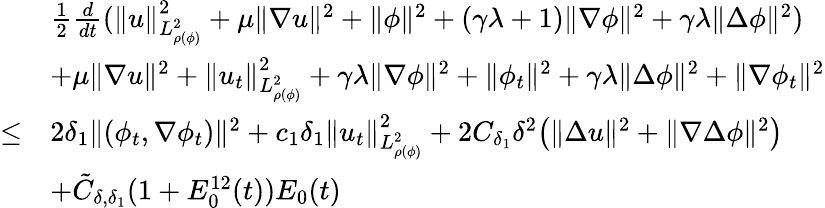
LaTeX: \begin{array}{rl}&{\frac{1}{2}\frac{d}{dt}(\| u\| _{L_{\rho(\phi)}^{2}}^{2}+\mu\| \nabla u\| ^{2}+\| \phi\| ^{2}+(\gamma\lambda+1)\| \nabla\phi\| ^{2}+\gamma\lambda\| \Delta\phi\| ^{2})}\\ &{+\mu\| \nabla u\| ^{2}+\| u_{t}\| _{L_{\rho(\phi)}^{2}}^{2}+\gamma\lambda\| \nabla\phi\| ^{2}+\| \phi_{t}\| ^{2}+\gamma\lambda\| \Delta\phi\| ^{2}+\| \nabla\phi_{t}\| ^{2}}\\ {\leq}&{2\delta_{1}\| (\phi_{t},\nabla\phi_{t})\| ^{2}+c_{1}\delta_{1}\| u_{t}\| _{L_{\rho(\phi)}^{2}}^{2}+2C_{\delta_{1}}\delta^{2}\big(\| \Delta u\| ^{2}+\| \nabla\Delta\phi\| ^{2}\big)}\\ &{+\tilde{C}_{\delta,\delta_{1}}(1+E_{0}^{12}(t))E_{0}(t)}\end{array}